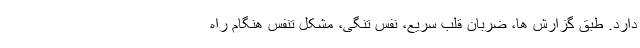
دارد. طبق گزارش ها، ضربان قلب سریع، نفس‌ تنگی، مشکل تنفس هنگام راه